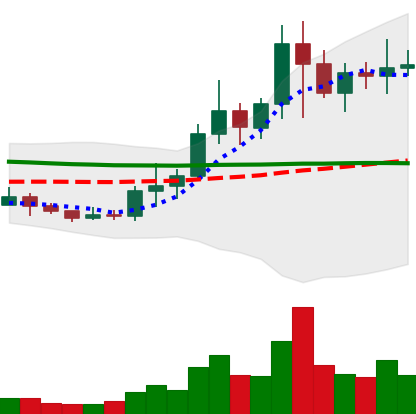
Ticker: NEO-USD
Chart end date: 2021-01-16
Forward return: -6.749%
Label: down_5_7